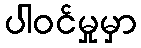
ပါဝင်မှုမှာ